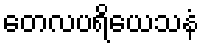
တေလပရိယေသနံ